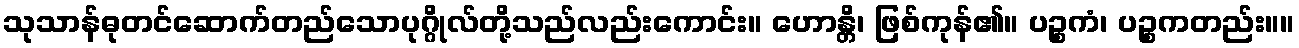
သုသာန်ဓုတင်ဆောက်တည်သောပုဂ္ဂိုလ်တို့သည်လည်းကောင်း။ ဟောန္တိ၊ ဖြစ်ကုန်၏။ ပဉ္စကံ၊ ပဉ္စကတည်း။။